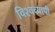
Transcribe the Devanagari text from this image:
विश्‍वव्यापी